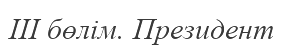
III бөлім. Президент